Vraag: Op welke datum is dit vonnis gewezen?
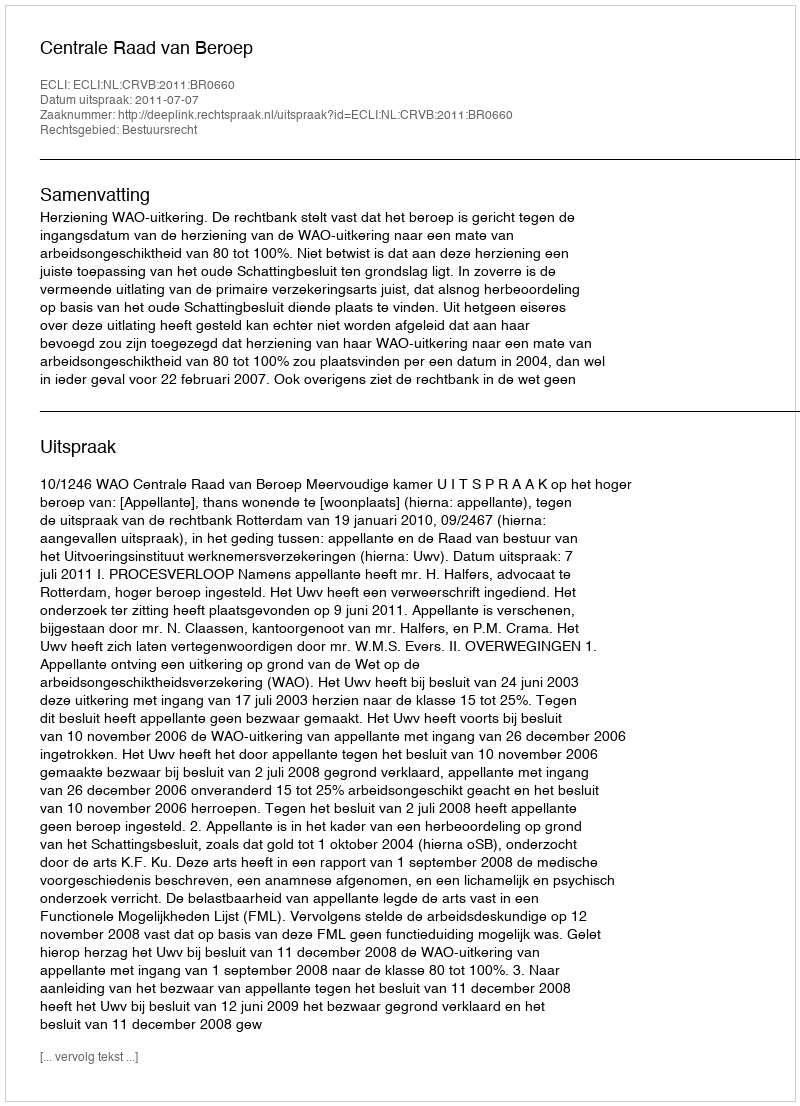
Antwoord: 2011-07-07